Annual administration report of the Civil Veterinary Department of India - 1893-1894
Year: 1893
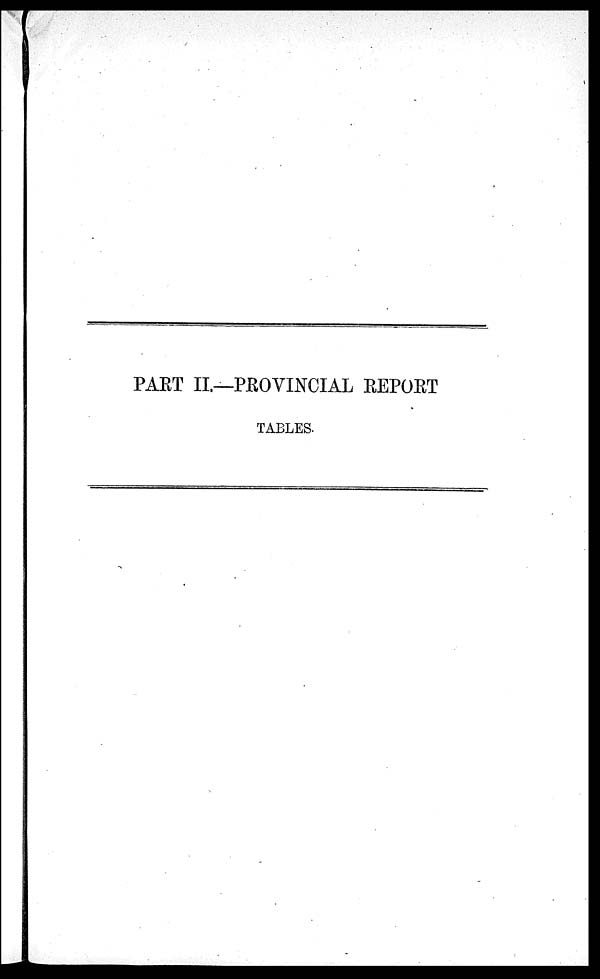
PART II.—PROVINCIAL REPORT
TABLES.